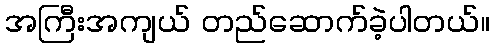
အကြီးအကျယ် တည်ဆောက်ခဲ့ပါတယ်။